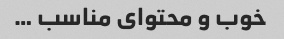
خوب و محتوای مناسب …